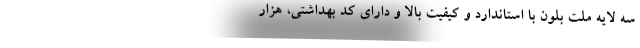
سه لایه ملت بلون با استاندارد و کیفیت بالا و دارای کد بهداشتی، هزار